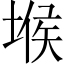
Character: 堠